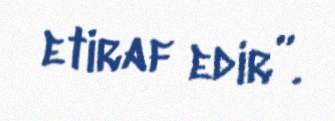
etiraf edir”.